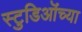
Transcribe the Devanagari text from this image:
स्टुडिऒंच्या